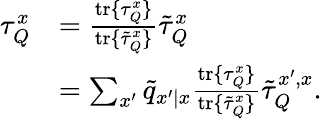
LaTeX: \begin{array}{rl}{\tau_{Q}^{x}}&{=\frac{\mathrm{tr}\{ \tau_{Q}^{x}\} }{\mathrm{tr}\{ \tilde{\tau}_{Q}^{x}\} }\tilde{\tau}_{Q}^{x}}\\ &{=\sum_{x^{\prime}}\tilde{q}_{x^{\prime}|x}\frac{\mathrm{tr}\{ \tau_{Q}^{x}\} }{\mathrm{tr}\{ \tilde{\tau}_{Q}^{x}\} }\tilde{\tau}_{Q}^{x^{\prime},x}.}\end{array}